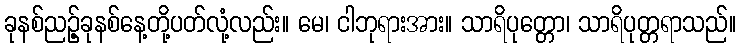
ခုနစ်ညဉ့်ခုနစ်နေ့တို့ပတ်လုံ့လည်း။ မေ၊ ငါဘုရားအား။ သာရိပုတ္တော၊ သာရိပုတ္တရာသည်။